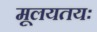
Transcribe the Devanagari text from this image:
मूलयतयः